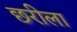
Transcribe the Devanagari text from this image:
छरीला